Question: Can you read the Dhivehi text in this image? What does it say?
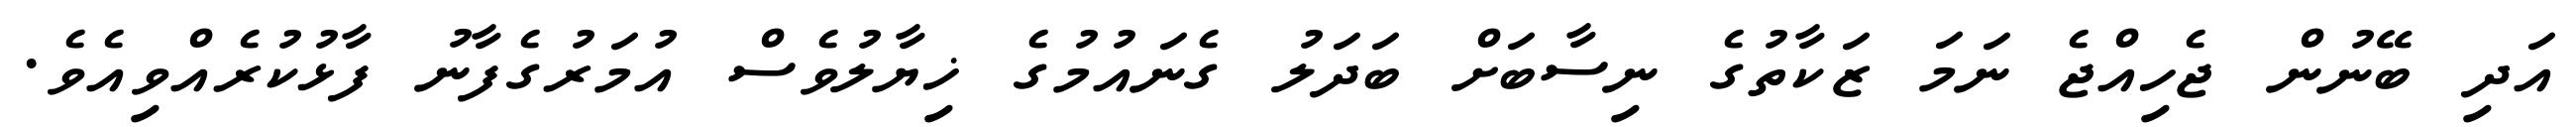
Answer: އަދި ބޭނުން ޖެހިއްޖެ ނަމަ ޒަކާތުގެ ނިސާބަށް ބަދަލު ގެނައުމުގެ ޚިޔާލުވެސް އުމަރުގެފާނު ފާޅުކުރެއްވިއެވެ.